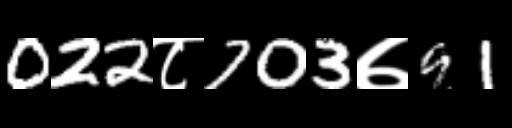
Text: 022८703७91